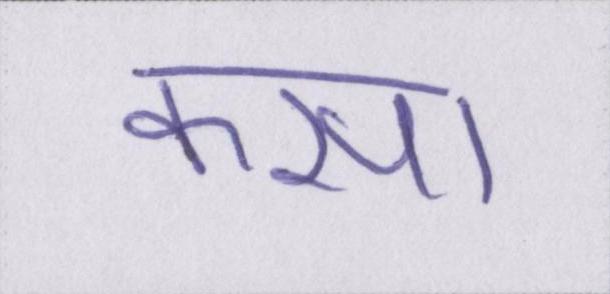
कसा